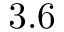
3 . 6